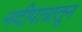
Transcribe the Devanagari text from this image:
नदीपात्रातून